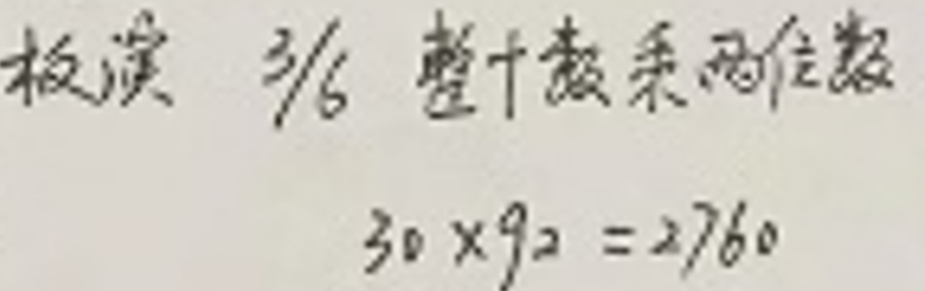
板演$ \ 3/6 $整数乘两位数$30\times92 = 2760$